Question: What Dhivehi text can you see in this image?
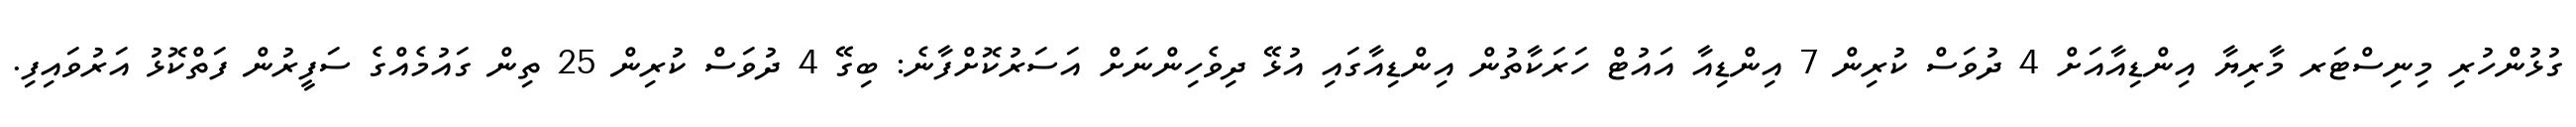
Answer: ގުޅުންހުރި މިނިސްޓަރ މާރިޔާ އިންޑިއާއަށް 4 ދުވަސް ކުރިން 7 އިންޑިއާ އައުޓް ހަރަކާތުން އިންޑިއާގައި އުޅޭ ދިވެހިންނަށް އަސަރުކޮށްފާނެ: ބިގޭ 4 ދުވަސް ކުރިން 25 ތިން ގައުމެއްގެ ސަފީރުން ފަތްކޮޅު އަރުވައިފި.